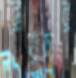
রোয়েদার